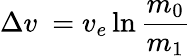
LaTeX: \Delta v\ =v_{e}\ln{\frac{m_{0}}{m_{1}}}